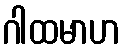
ဂါထမာဟ